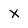
Character: X